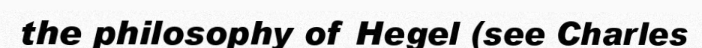
the philosophy of Hegel (see Charles